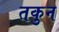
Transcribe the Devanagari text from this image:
तकुन